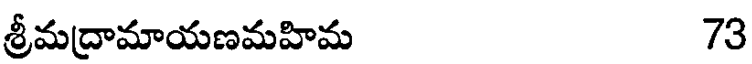
శ్రీమద్రామాయణమహిమ 73